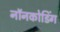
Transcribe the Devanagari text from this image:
नॉनकोडिंग